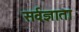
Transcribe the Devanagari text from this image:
सर्वज्ञाता